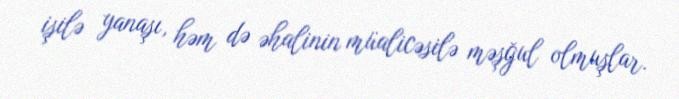
işilə yanaşı, həm də əhalinin müalicəsilə məşğul olmuşlar.